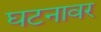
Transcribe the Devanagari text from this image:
घटनावर